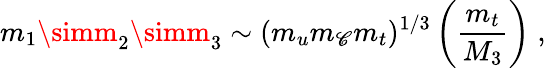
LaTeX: m_{1}\simm_{2}\simm_{3}\sim(m_{u}m_{\mathscr{C}}m_{t})^{1/3}\left({\frac{{m_{t}}}{{M_{3}}}}\right)\; ,